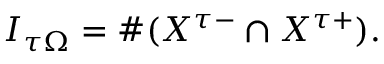
I _ { \tau \Omega } = \# ( X ^ { \tau - } \cap X ^ { \tau + } ) .